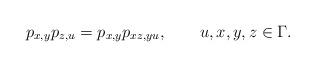
LaTeX: \begin{align*}p_{x,y}p_{z,u}=p_{x,y}p_{xz,yu},\qquad{u},x,y,z\in\Gamma.\end{align*}